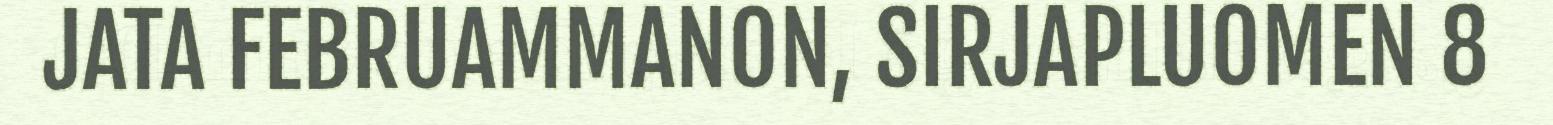
JATA FEBRUAMMANON, SIRJAPLUOMEN 8